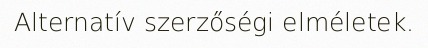
Alternatív szerzőségi elméletek.